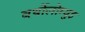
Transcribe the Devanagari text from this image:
बर्थोलोम्युइ